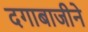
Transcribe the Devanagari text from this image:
दगाबाजीने